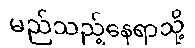
မည်သည့်နေရာသို့